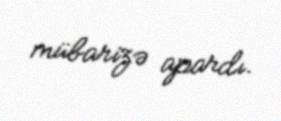
mübarizə apardı.